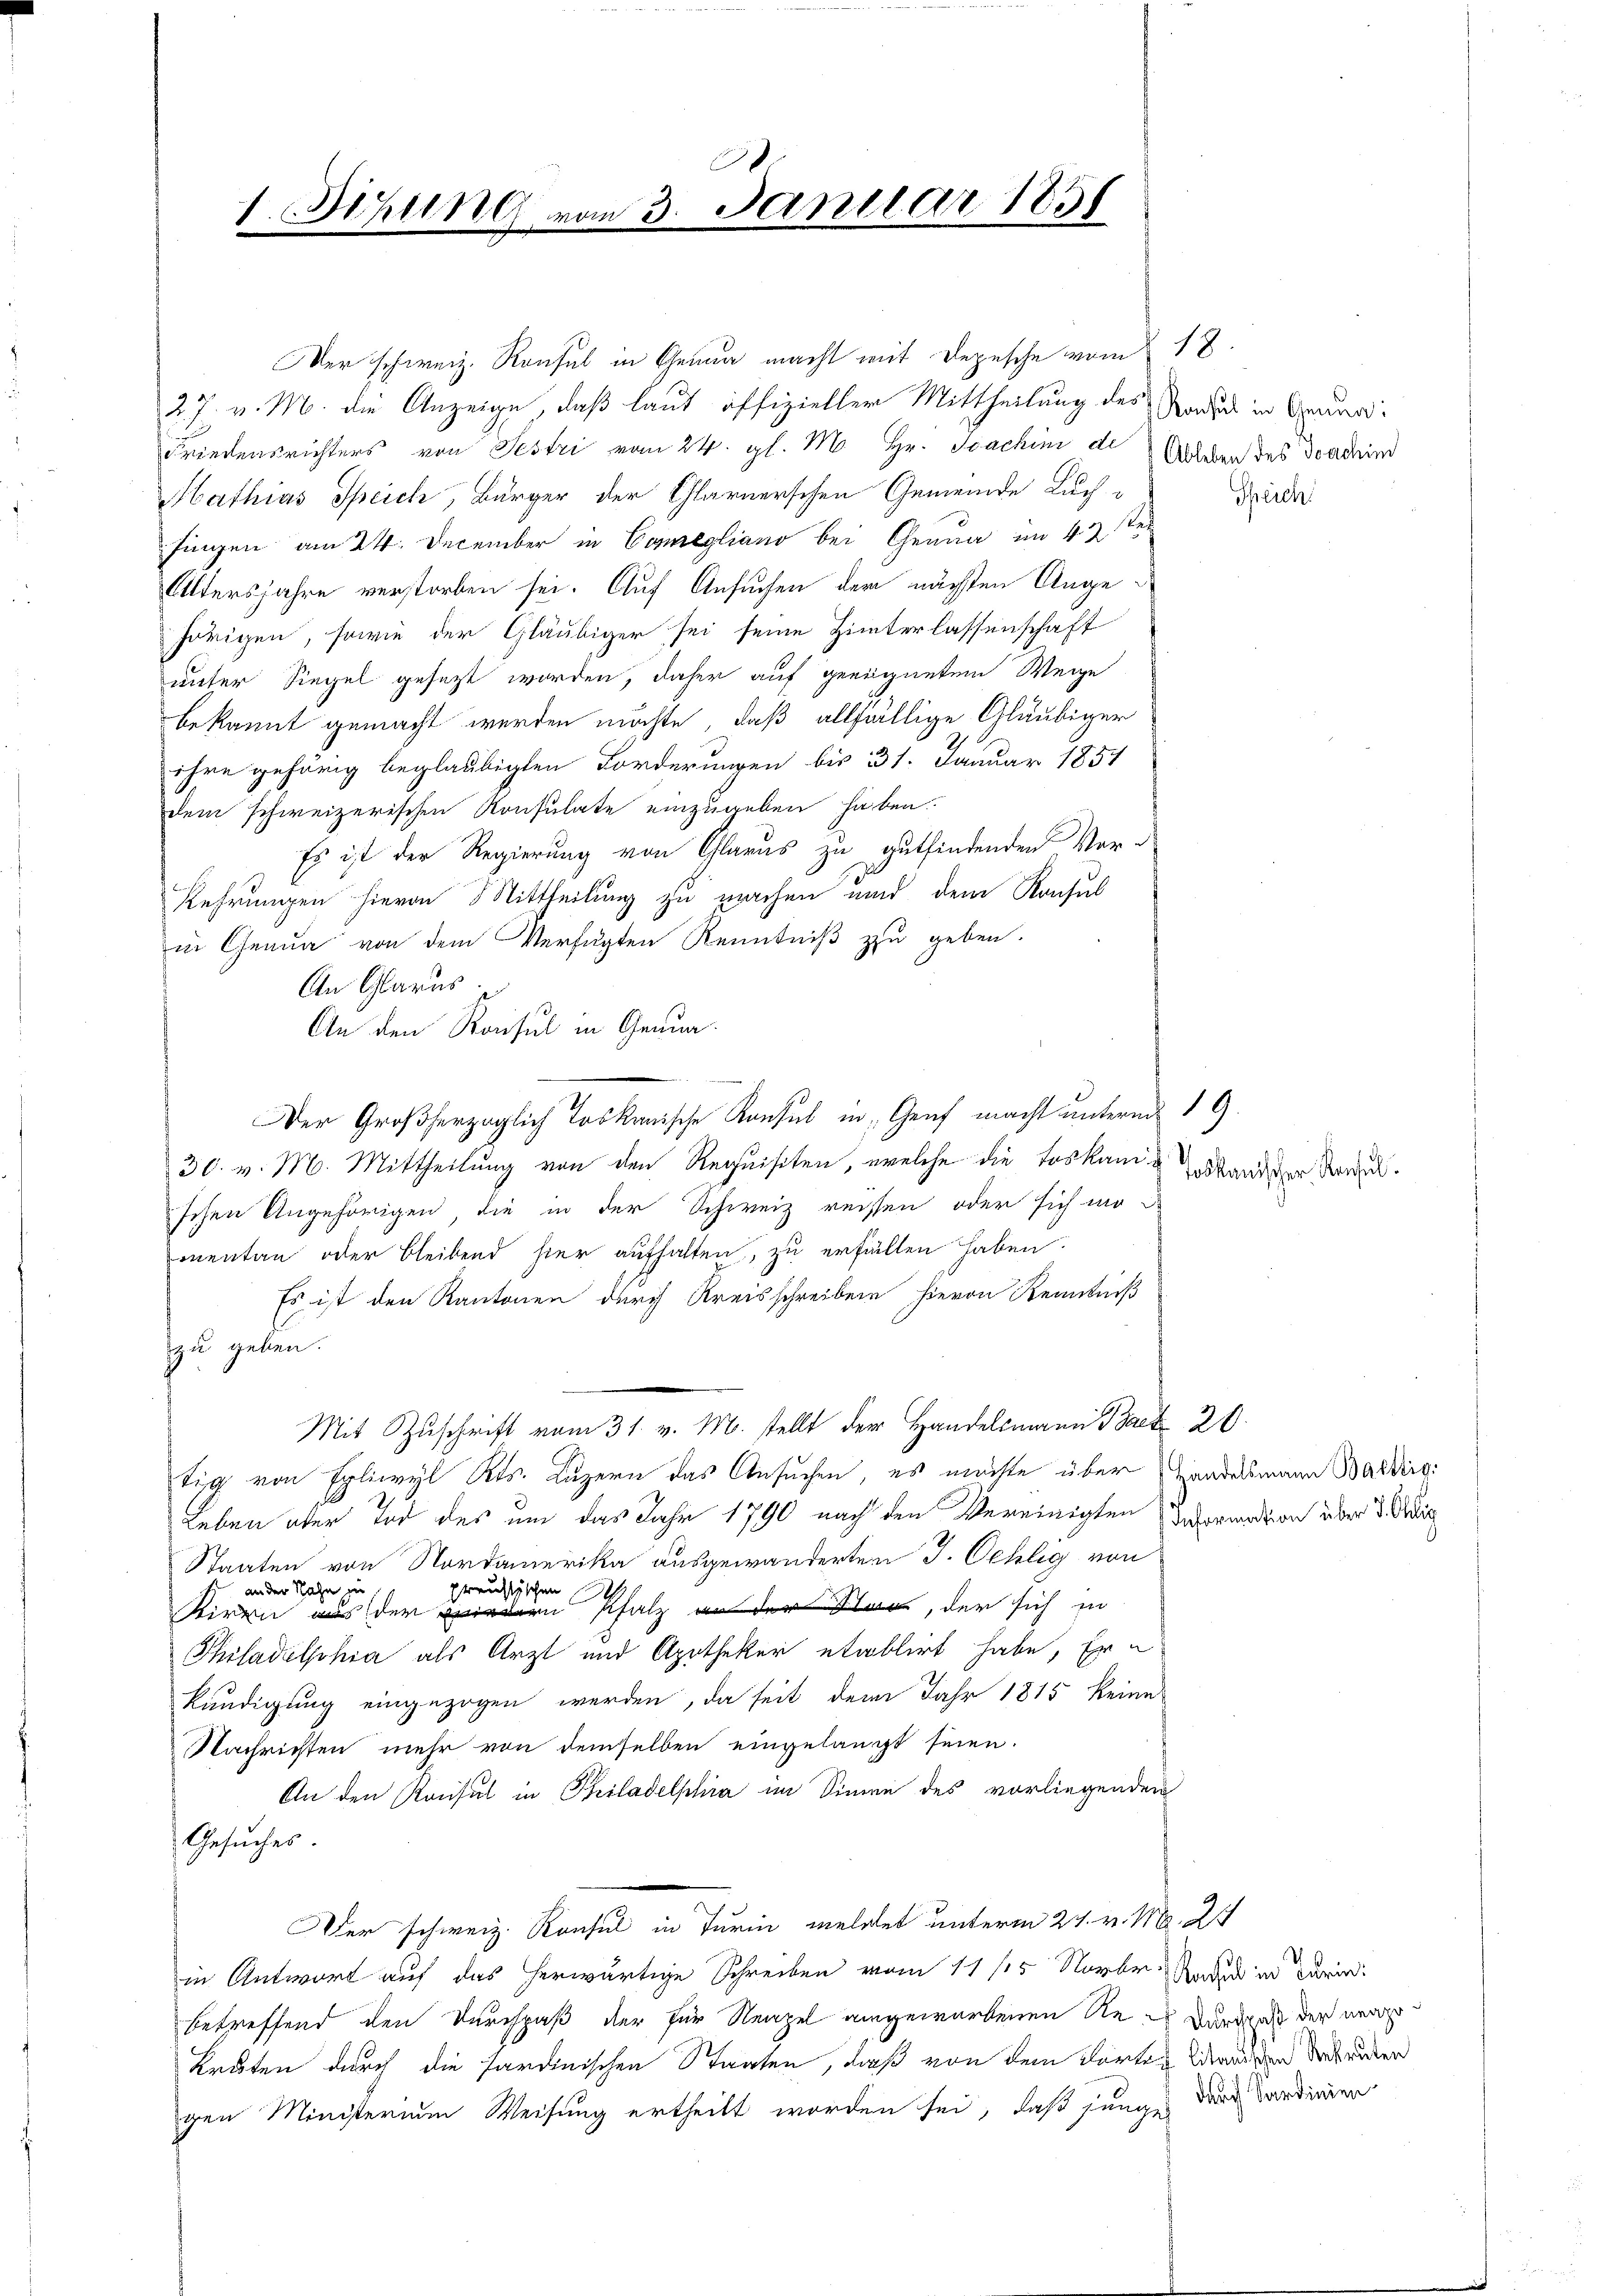
1. thung

Der schweiz. Konsul in Genua macht mit Depesche vom 18.
27. v. M. die Anzeige, daß laut offizieller Mittheilung des Nadel in Grau¬
Friedensrichters von Jestri vom 24. gl. M. Hr. Joachini d. Allen des Doachind
Hathias Speich, Bürger der Glarnerschen Gemeinde Buchfingen am 24. December in Comegliano bei Genua im 43sten
Altersjahre verstorben sei. Auf Ansuchen der nächsten Angehörigen, sowie der Gläubiger sei seine Hinterlassenschaft
unter Siegel gesezt worden, daher auf geeignetem Weige
bekannt gemacht werden möchte, daß allfällige Gläubiger
ihre gehörig beglaubigten Forderungen bis 31. Januar 1854
dem schweizerischen Konsulate einzugeben haben.
Es ist der Regierung von Glarus zu gutfindenden Vor-
Rehrungen hievon Mittheilung zu machen und dem Konsul
in Genua von dem Verfügten Kenntniß zu geben.
An Glarus.
An den Konsul in Genua
30. v. M. Mittheilung von den Requisiten, welche die Loskam u Ständiger der
schen Angehörigen die in der Schweiz reissen oder sich mo-
mentan oder bleibend hier aufhalten, zu erfällen haben.
Es ist den Kantonen durch Kreisschreiben hievon Kenntniß
zu geben.
Mit Zuschrift vom 31. v. M. stellt der Handelsmann Pact. 20.
tig von Egliwyl Kts. Luzern das Ansuchen, es möchte über Handelsmann Barding:
Leben ober Tod des um das Jahr 1790 nach den Vereinigten Decorandson über 3. Adi
Staaten von Nordamerika ausgewanderten J. Oehlig von
an der Nahe sie
preussischen
Kiren aus der in Pfalz an der Klar, der sich in
Philadelphia als Arzt und Apotheker etablirt habe, Er
kündigung eingezogen werden, da seit dem Jahr 1815 keine
Nachrichten mehr von demselben eingelangt seien.
An den Konsul in Philadelphia im Sinne des vorliegenden
Gesucher
Der schweiz. Konsul in Turin meldet unterm 21. v. M. 2t
in Antwort auf das herwärtige Schreiben vom 11/5 Novbr. Nadel in darin
betreffend den Durchpaß der für Neapel angeworbenen Re- dardus der neu¬
Kröten durch die Sardinischen Staaten, daß von dem dorten Wandern der treten
gen Ministerium Weisung ertheilt worden sei, daß jungen durch Sardinien

2
vom 3. Januar 1858

Der Großherzoglich Toskanische Konsul in Graf macht unterm 19.

Schreich